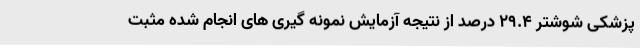
پزشکی شوشتر 29.4 درصد از نتیجه آزمایش نمونه گیری های انجام شده مثبت